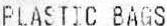
PLASTIC BAGS